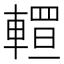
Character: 𨎅